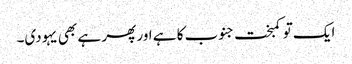
ایک تو کمبخت جنوب کا ہے اور پھر ہے بھی یہودی۔